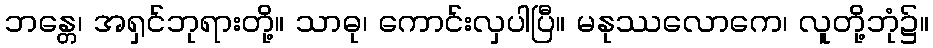
ဘန္တေ၊ အရှင်ဘုရားတို့။ သာဓု၊ ကောင်းလှပါပြီ။ မနုဿလောကေ၊ လူတို့ဘုံ၌။